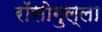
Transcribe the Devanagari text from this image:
रॉसोगुल्ला